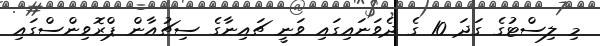
މި ލިސްޓުގެ ގަދަ 10 ގެ ދެވަނައިގައި ވަނީ ޗައިނާގެ ސިޗުއާން ޕްރޮވިންސްގައި